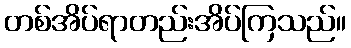
တစ်အိပ်ရာတည်းအိပ်ကြသည်။